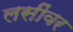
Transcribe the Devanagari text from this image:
लसींवर